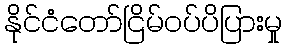
နိုင်ငံတော်ငြိမ်ဝပ်ပိပြားမှု